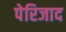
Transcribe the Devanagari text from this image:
पेरिजाद